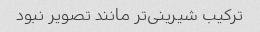
ترکیب شیرینی‌تر مانند تصویر نبود